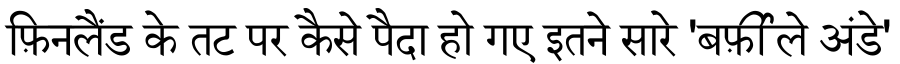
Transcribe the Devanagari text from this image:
फ़िनलैंड के तट पर कैसे पैदा हो गए इतने सारे 'बर्फ़ीले अंडे'